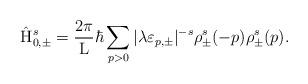
LaTeX: \begin{align*}\hat{\rm H}_{0,\pm}^s = \frac{2\pi}{\rm L} \hbar\sum_{p>0} |{\lambda}{\varepsilon}_{p,\pm}|^{-s}{\rho}_{\pm}^s(-p) {\rho}_{\pm}^s(p).\end{align*}